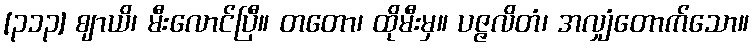
[၃၁၃] ဈာယိ၊ မီးလောင်ပြီ။ တတော၊ ထိုမီးမှ။ ပဇ္ဇလိတံ၊ အလျှံတောက်သော။